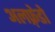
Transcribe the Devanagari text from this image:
अलफ़्रेडो